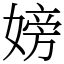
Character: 嫎